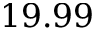
1 9 . 9 9